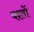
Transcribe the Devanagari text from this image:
यश्तों